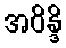
အဝိန္ဒိ